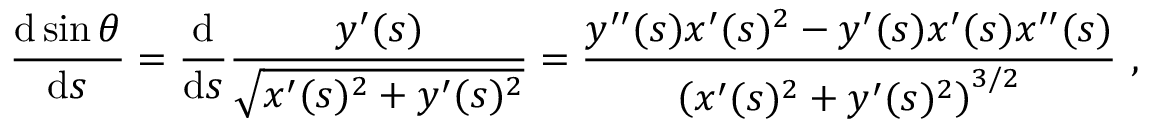
{ \frac { \mathrm { d } \sin \theta } { \mathrm { d } s } } = { \frac { \mathrm { d } } { \mathrm { d } s } } { \frac { y ^ { \prime } ( s ) } { \sqrt { x ^ { \prime } ( s ) ^ { 2 } + y ^ { \prime } ( s ) ^ { 2 } } } } = { \frac { y ^ { \prime \prime } ( s ) x ^ { \prime } ( s ) ^ { 2 } - y ^ { \prime } ( s ) x ^ { \prime } ( s ) x ^ { \prime \prime } ( s ) } { \left( x ^ { \prime } ( s ) ^ { 2 } + y ^ { \prime } ( s ) ^ { 2 } \right) ^ { 3 / 2 } } } \ ,